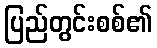
ပြည်တွင်းစစ်၏